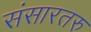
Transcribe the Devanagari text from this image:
संसारतरु